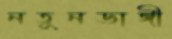
নতুনডাঙ্গী